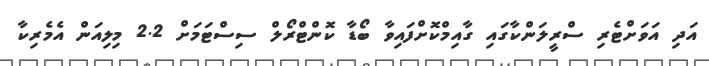
އަދި އަވަށްޓެރި ސްރީލަންކާގައި ގާއިމްކޮށްފައިވާ ބޯޑާ ކޮންޓްރޯލް ސިސްޓަމަށް 2.2 މިލިއަން އެމެރިކާ